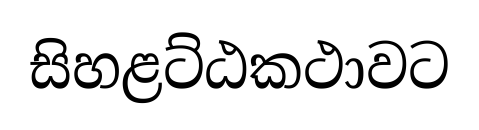
සිහළට්ඨකථාවට